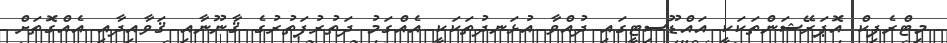
މިޓްރެފިކް އޮޕަރޭޝަންތަކަކީ އައްޑޫސިޓީގައި ދުއްވާ އުޅަނދުތަކަކީ އެއްގަމު ދަތުރުފަތުރުގެ ޤާނޫނާއި ޤަވާއިދާއި އެއްގޮތަށް